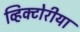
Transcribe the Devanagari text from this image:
व्हिक्टोरीया